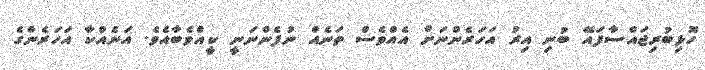
ހޮޅިބުރިޖައްސާފައޭ ބުނި އިރު އަހަރެންނަށް އެއްވެސް ތަނެއް ނުފެންނަނީ ކީއްވެބާއެވެ. އަނެއްކާ އަހަރެންގެ